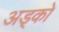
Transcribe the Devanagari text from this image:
अड्को